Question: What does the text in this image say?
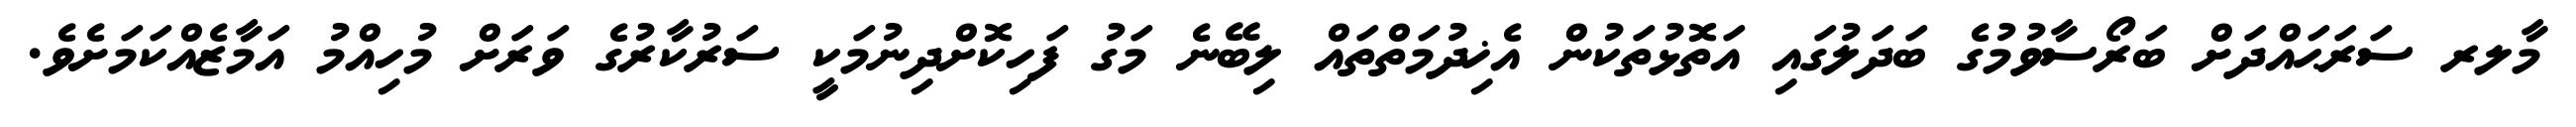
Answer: މާލރ ސަރަޙައްދަށް ބަރޯސާވުމުގެ ބަދަލުގައި އަތޮޅުތަކުން އެޚިދުމަތްތައް ލިބޭނެ މަގު ފަހިކޮށްދިނުމަކީ ސަރުކާރުގެ ވަރަށް މުހިއްމު އަމާޒެއްކަމަށެވެ.